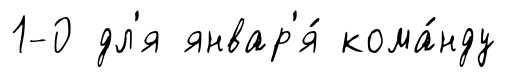
1-0 дл'я январ'я́ кома́нду